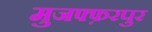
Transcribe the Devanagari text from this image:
मुजफ्फ़रपुर